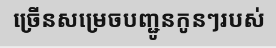
ច្រើនសម្រេចបញ្ជូនកូនៗរបស់